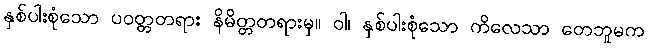
နှစ်ပါးစုံသော ပဝတ္တတရား နိမိတ္တတရားမှ။ ဝါ၊ နှစ်ပါးစုံသော ကိလေသာ တေဘူမက